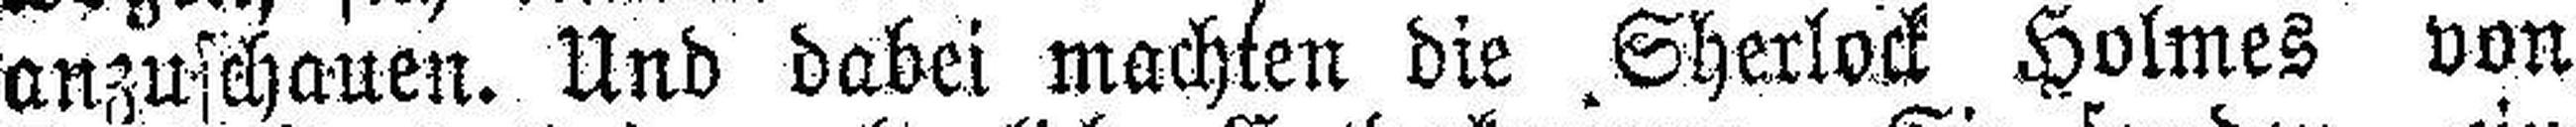
anzuschauen. Und dabei machten die Sherlock Holmes von